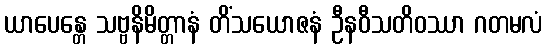
ယာပေန္တေ သဗ္ဗနိမိတ္တာနံ တိံသယောဇနံ ဦနဝီသတိဝဿာ ဂတမလံ